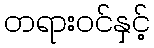
တရားဝင်နှင့်